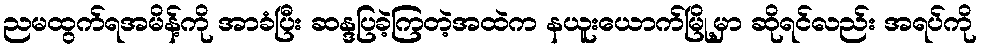
ညမထွက်ရအမိန့်ကို အာခံပြီး ဆန္ဒပြခဲ့ကြတဲ့အထဲက နယူးယောက်မြို့မှာ ဆိုရင်လည်း အရပ်ကို